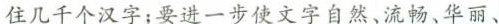
住几千个汉字；要进一步使文字自然、流畅、华丽、